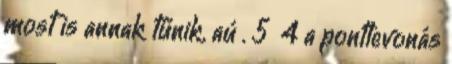
most is annak tűnik, aú . 5 4 a pontlevonás